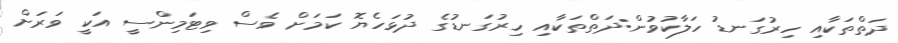
ދަތްތަކާއި ހިރުގަނޑު ހަލާކުވުން:ދަތްތަކާއި ހިރުގަނޑުގެ ދުޅަހެޔޮ ކަމަށް ވެސް ވިޓަމިންސީ އަކީ ވަރަށް